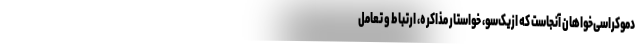
دموکراسی‌خواهان آنجاست که ازیک‌سو، خواستار مذاکره، ارتباط و تعامل